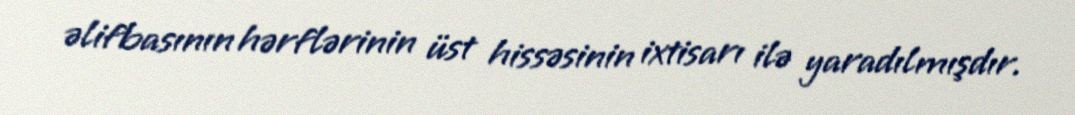
əlifbasının hərflərinin üst hissəsinin ixtisarı ilə yaradılmışdır.